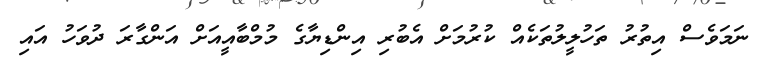
ނަމަވެސް އިތުރު ތަހުލީލުތަކެއް ކުރުމަށް އެބުރި އިންޑިޔާގެ މުމްބާއީއަށް އަންގާރަ ދުވަހު އައި